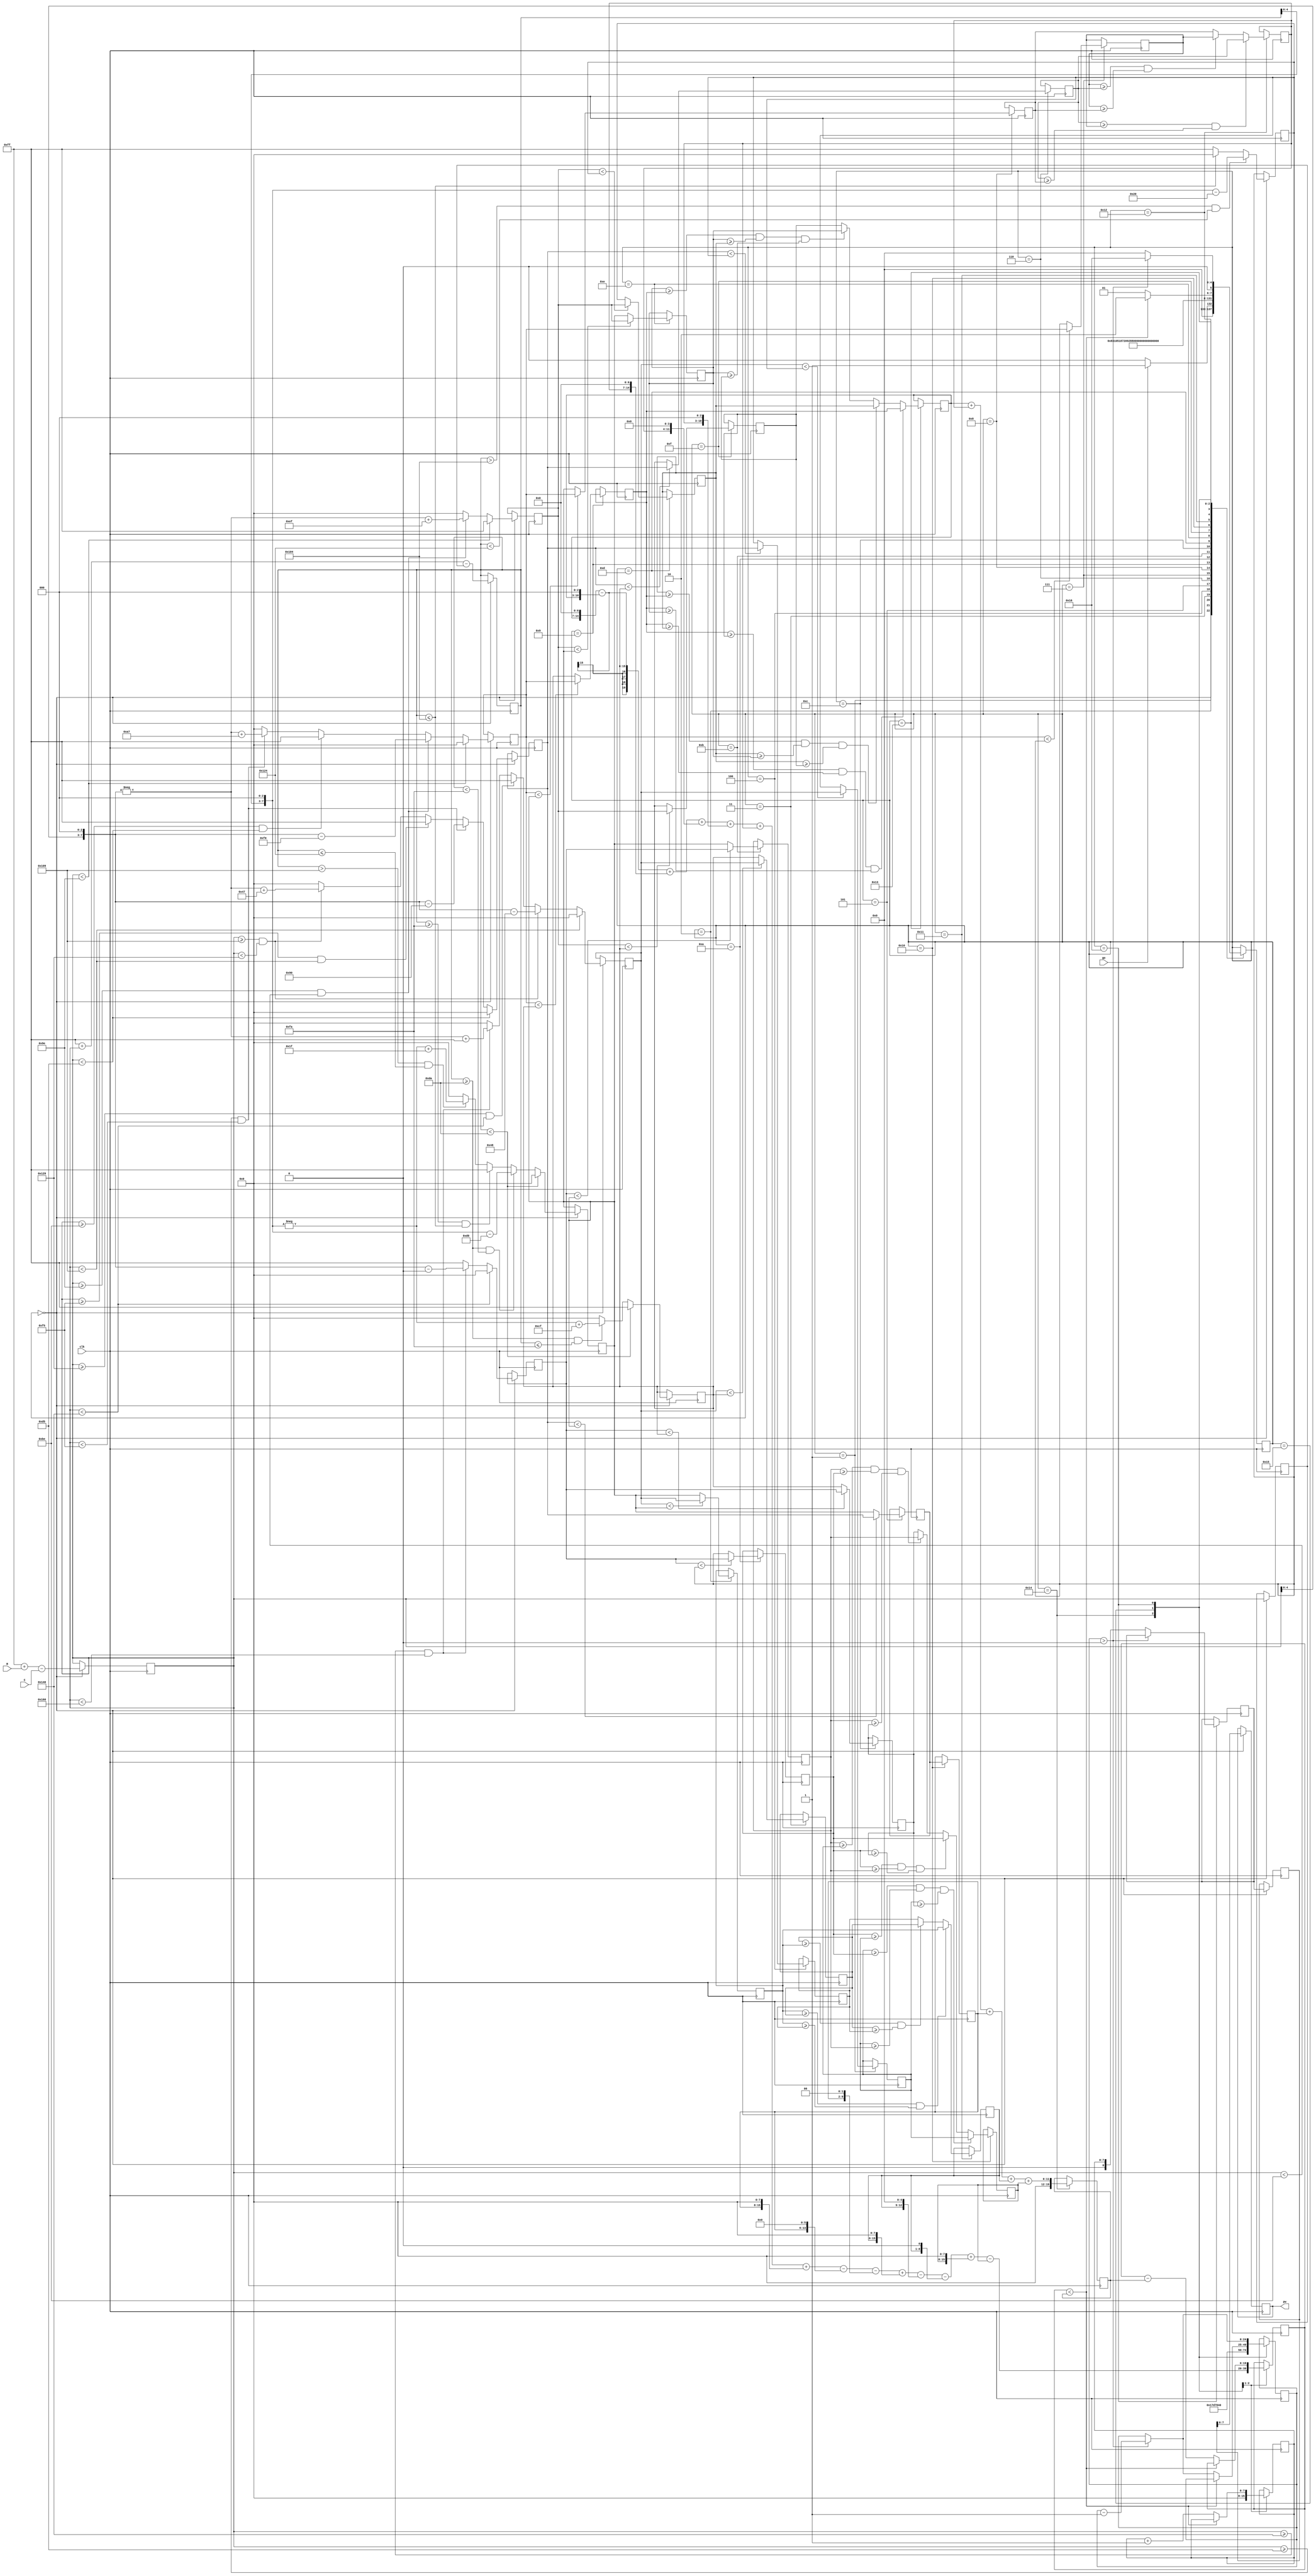
`timescale 1ns / 1ps
//////////////////////////////////////////////////////////////////////////////////
// Company: 
// Engineer: 
// 
// Design Name: 
// Module Name:    fuzzylogicspeedcontroller 
// Project Name: 
// Target Devices: 
// Tool versions: 
// Description: 
//
// Dependencies: 
//
// Revision: 
// Revision 0.01 - File Created
// Additional Comments: 
//
//////////////////////////////////////////////////////////////////////////////////
module fuzzylogicspeedcontroller(
    input [7:0] R, 
    input [7:0] C,
	 input go,
    input clk,
    output reg [7:0] pw
    );
	 reg [5:0] state ;
	 initial state = 0;

reg [7:0] eNSreg, eZreg, ePSreg, eNLreg, ePLreg, deNreg, deZreg, dePreg; 
reg [7:0] DMeNS, DMeZ, DMePS, DMdeN, DMdeZ, DMdeP;
reg [7:0] DMeNL, DMePL;
reg [7:0] rule1,rule2,rule3,rule4,rule5,rule6,rule7,rule8,rule9,rule10,rule11,rule12,rule13,rule14,rule15;
reg [7:0] pwt, stop,slow,med,fast,blast;
reg [8:0] E, oldE, de,dPW,dPWS; //log base 2 510 = 9
reg [19:0] num, den;
wire [24:0] HSEC;
reg [24:0] TSC;
assign HSEC = 25000000; //50 MHz 25000000
initial DMeNS = 0; initial E = 0; initial oldE = 0; initial de = 0; initial dPW=0; initial pw = 0; initial dPWS = 0;
initial DMeZ = 0; initial DMePS = 0; initial DMdeN = 0; initial DMdeZ = 0; initial DMdeP = 0;
always @ (*)
	begin
		if (E < 158) begin DMeNL <= 255; end
		else if (E >= 158 && E < 190) begin DMeNL <= -(E<<3) + 1519; end
		else begin DMeNL <= 0; end
		
		if (E < 158) begin DMeNS <= 0; end 
		else if (E >= 158 && E< 190) begin DMeNS <= (E<<3) - 1264;end  //ramp slopes are 8 = 256/32 32 run 255 height
		else if (E >= 190 && E< 213) begin DMeNS <= 255; end
		else if (E >= 213 && E< 245) begin DMeNS <= -(E<<3) + 1959 ; end
		else begin DMeNS <= 0;end
	
		if (E < 213) begin DMeZ <= 0; end
		else if (E >= 213 && E < 245) begin DMeZ <= (E<<3)-1680;end 
		else if (E >= 245 && E < 265) begin DMeZ <= 255;end
		else if (E >= 265 && E < 297) begin DMeZ <= -(E<<3)+2375;end 
		else begin DMeZ <= 0; end
		
		if (E < 265) begin DMePS <= 0; end
		else if (E >= 265 && E < 297) begin DMePS <= (E<<3) - 2120;end 
		else if (E >= 297 && E < 320) begin DMePS <= 255;end
		else if (E >= 320 && E < 352)  begin DMePS <= -(E<<3) + 2815; end
		else begin DMePS <= 0; end
		
		if (E < 320) begin DMePL <= 0; end
		else if (E >= 320 && E <352 ) begin DMePL <= (E<<3) - 2560; end
		else begin DMePL <= 255; end
		
		if (de < 218) begin DMdeN <= 255;end
		else if (de >= 218 && de<= 250) begin DMdeN <= -(de<<3)+1999;end 
		else begin DMdeN <= 0;end
	
		if (de < 218) begin DMdeZ <= 0; end
		else if (de >= 218 && de < 250) begin DMdeZ <= (de<<3)-1744;end 
		else if (de >= 250 && de <= 260) begin DMdeZ <= 255;end
		else if (de > 265 && de<= 292) begin DMdeZ <= -(de<<3)+2335;end
		else begin DMdeZ <= 0; end
	
		if (de > 260 && de < 292) begin DMdeP <= (de<<3) - 2080;end 
		else if (de <= 260) begin DMdeP <= 0;end
		else  begin DMdeP <= 255; end
	end

always@(posedge clk)
	begin
		
		case (state)
			0:begin 	deNreg <=DMdeN;
						eNLreg <=DMeNL;
						ePLreg <=DMePL;
						eZreg <=DMeZ;
						ePSreg <=DMePS;
						eNSreg <=DMeNS;
						deZreg <=DMdeZ;
						dePreg <=DMdeP;
						E<= 255 + R - C;
						de <= 255 + E - oldE;
						oldE <= E;
						dPWS <= dPW ;
						pw <=dPWS;
						if (go) state <= 1;
						else state <=0;
				end
			1: begin	if(ePSreg<dePreg) rule1 <= ePSreg;
						else rule1 <= dePreg;
						state <=2;
				end
			2: begin	if(ePSreg<deZreg) rule2 <= ePSreg;
						else rule2 <= deZreg;
						state <=3;
				end
			3: begin	if(ePSreg<deNreg) rule3 <= ePSreg;
						else rule3 <= deNreg;
						state <=4;
				end
			4: begin	if(eZreg<dePreg) rule4 <= eZreg;
						else rule4 <= dePreg;
						state <=5;
				end
			5: begin	if(eZreg<deZreg) rule5 <= eZreg;
						else rule5 <= deZreg;
						state <=6;
				end
			6: begin	if(eZreg<deNreg) rule6 <= eZreg;
						else rule6 <= deNreg;
						state <=7;
				end
			7: begin	if(eNSreg<dePreg) rule7 <= eNSreg;
						else rule7 <= dePreg;
						state <=8;
				end
			8: begin	if(eNSreg<deZreg) rule8 <= eNSreg;
						else rule8 <= deZreg;
						state <=9;
				end
			9: begin	if(eNSreg<deNreg) rule9 <= eNSreg;
						else rule9 <= deNreg;
						state <=10;
				end
			10: begin
						if(ePLreg<dePreg) rule10 <= ePLreg;
						else rule10 <= dePreg;
						state <=11;
				end
			11: begin			
						if(ePLreg<deZreg) rule11 <= ePLreg;
						else rule11 <= deZreg;
						state <=12;
				end
			12: begin
						if(ePLreg<deNreg) rule12 <= ePLreg;
						else rule12 <= deNreg;
						state <=13;
				end
			13: begin
						if(eNLreg<dePreg) rule13 <= eNLreg;
						else rule13 <= dePreg;
						state <=14;
				end
			14: begin
						if(eNLreg<deZreg) rule14 <= eNLreg;
						else rule14 <= deZreg;
						state <=15;
				end
			15: begin
						if(eNLreg<deNreg) rule15 <= eNLreg;
						else rule15 <= deNreg;
						state <=16;
				end
			16:begin	med <=rule5;
						if (rule1>=rule10 && rule1>=rule11 && rule1>=rule12) blast <=rule1; //compare 1 10 11 12
						else if (rule10>=rule1 && rule10>=rule11 && rule10>=rule12) blast <=rule10;
                        else if (rule11>=rule1 && rule11>=rule10 && rule11>=rule12) blast <=rule11;
                        else blast <= rule12;
						state <=17;
				end
			17:begin	if (rule2>=rule3 && rule2>=rule4 ) fast <=rule2; //compare 2 3 4
                        else if (rule3>=rule2 && rule3>=rule4 ) fast <=rule3;
						else fast <=rule4;
						state <=18;
				end				
			18:begin	if (rule6>=rule7 && rule6>=rule8 ) slow <=rule6; //6 7 8
						else if (rule7>=rule6 && rule7>=rule8) slow <=rule7;
                        else slow <= rule8;
						state <=19;
				end		
			19:begin	if (rule9>=rule15 && rule9>=rule13 && rule9>=rule14) stop <=rule9; //9 13 14 15
                        else if (rule13>=rule9 && rule13>=rule14 && rule13>=rule15) stop <=rule13;
                        else if (rule14>=rule9 && rule14>=rule13 && rule14>=rule15) stop <=rule14;
						else stop <=rule15;
						state <=20;
				end
			20:begin den <= stop + slow + med + fast + blast;
						num <= (stop<<7) - (stop<<3)// 119
						+ (slow<<7) + (slow<<4) + (slow<<3) + slow //153
						+ (med<<8)-(med<<6)-(med<<2)//187)
						+(fast<<8) -(fast<<5)-(fast<<1) //221
						+(blast<<8)-blast; 
						pwt<=0; TSC <=HSEC;
						state <=21;
				end
			21:begin if(num<den)
							begin
								state<=22;
							end
						else begin
									pwt <=pwt+1;
									num<=num-den;
									if (TSC > 0) TSC<=TSC-1;
									state<=21;
								end
				end
			22:begin if (TSC>0)
							begin TSC<=TSC-1; state <=22; end
						else begin
									dPW<=pwt;
									state<=0;
								end
				end

		endcase
	end
endmodule